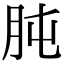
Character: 肫